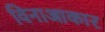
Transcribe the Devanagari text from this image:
विनाआकार